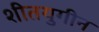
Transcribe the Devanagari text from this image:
शीतयुगीन